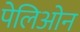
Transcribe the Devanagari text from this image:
पेलिओन